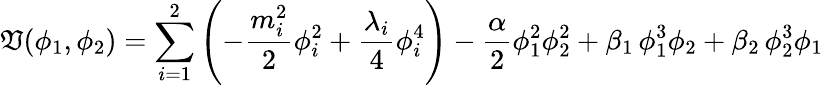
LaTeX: \mathfrak{V}(\phi_{1},\phi_{2})=\sum_{i=1}^{2}\left(-{\frac{{m_{i}^{2}}}{{2}}}\phi_{i}^{2}+{\frac{{\lambda_{i}}}{{4}}}\phi_{i}^{4}\right)-{\frac{{\alpha}}{{2}}}\phi_{1}^{2}\phi_{2}^{2}+\beta_{1}\, \phi_{1}^{3}\phi_{2}+\beta_{2}\, \phi_{2}^{3}\phi_{1}